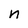
Character: n